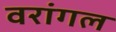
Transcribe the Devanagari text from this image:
वरांगल